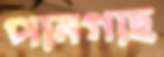
পানগাছ